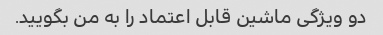
دو ویژگی ماشین قابل اعتماد را به من بگویید.